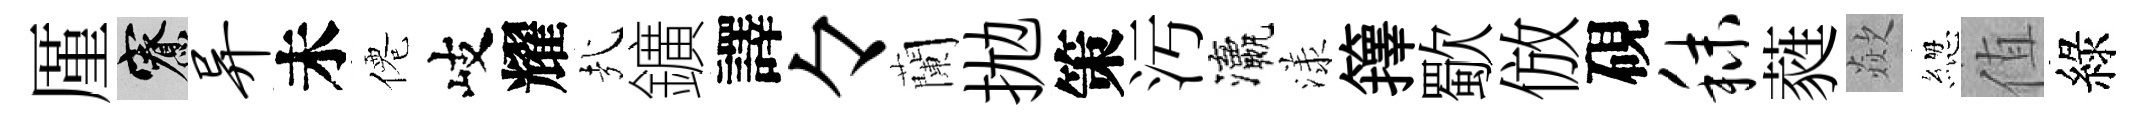
厪寮异未僊岐耀㢤鑛譯々蘭拋策汚瀛漾籜歜倣硯秣蕤歘緫值綠